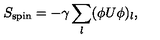
S _ { \mathrm { s p i n } } = - \gamma \sum _ { l } ( \phi U \phi ) _ { l } ,